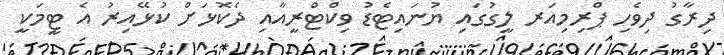
ދިރާގު ދިވެހި ޕްރިމިއަރ ލީގުގައި ޔުނައިޓެޑު ވިކްޓްރީއާއި ދެކޮޅަށް ކުޅޭއިރު އެ ޓީމަކީ